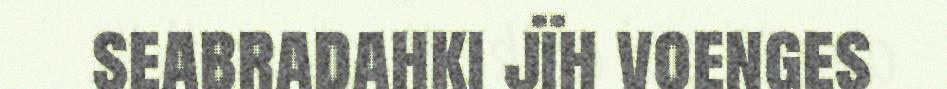
seabradahki jïh voenges